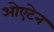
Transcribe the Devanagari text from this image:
ओएटेन